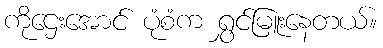
ကိုဌေးအောင် ပုံစံက ရွှင်မြူးနေတယ်။